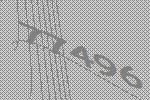
77496